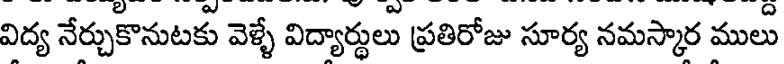
విద్య నేర్చుకొనుటకు వెళ్ళే విద్యార్థులు ప్రతిరోజు సూర్య నమస్కార ములు